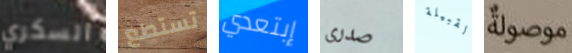
السكري تستطع إبتعدي صدرى القبيلة موصولة